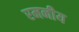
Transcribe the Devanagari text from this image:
रमनीय